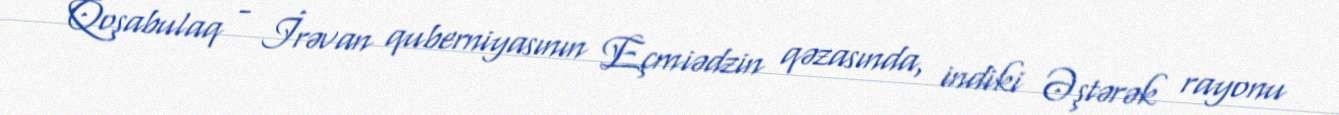
Qoşabulaq - İrəvan quberniyasının Eçmiədzin qəzasında, indiki Əştərək rayonu